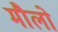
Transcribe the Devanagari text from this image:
मौलो